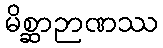
မိစ္ဆာဉာဏဿ